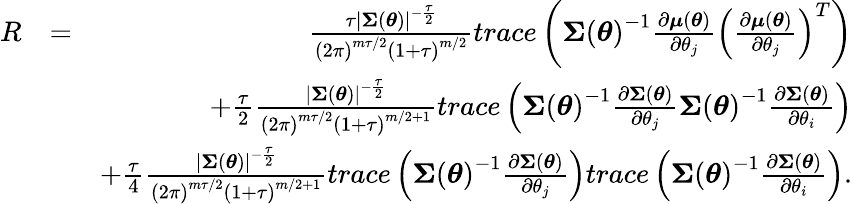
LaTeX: \begin{array}{rlr}{R}&{=}&{\frac{\tau\left\vert\boldsymbol{\Sigma}\left(\boldsymbol{\theta}\right)\right\vert^{-\frac{\tau}{2}}}{\left(2\pi\right)^{m\tau/2}\left(1+\tau\right)^{m/2}}trace\left(\boldsymbol{\Sigma}\left(\boldsymbol{\theta}\right)^{-1}\frac{\partial\boldsymbol{\mu}\left(\boldsymbol{\theta}\right)}{\partial\theta_{j}}\left(\frac{\partial\boldsymbol{\mu}\left(\boldsymbol{\theta}\right)}{\partial\theta_{j}}\right)^{T}\right)}\\ &{}&{+\frac{\tau}{2}\frac{\left\vert\boldsymbol{\Sigma}\left(\boldsymbol{\theta}\right)\right\vert^{-\frac{\tau}{2}}}{\left(2\pi\right)^{m\tau/2}\left(1+\tau\right)^{m/2+1}}trace\left(\boldsymbol{\Sigma}\left(\boldsymbol{\theta}\right)^{-1}\frac{\partial\boldsymbol{\Sigma}\left(\boldsymbol{\theta}\right)}{\partial\theta_{j}}\boldsymbol{\Sigma}\left(\boldsymbol{\theta}\right)^{-1}\frac{\partial\boldsymbol{\Sigma}\left(\boldsymbol{\theta}\right)}{\partial\theta_{i}}\right)}\\ &{}&{+\frac{\tau}{4}\frac{\left\vert\boldsymbol{\Sigma}\left(\boldsymbol{\theta}\right)\right\vert^{-\frac{\tau}{2}}}{\left(2\pi\right)^{m\tau/2}\left(1+\tau\right)^{m/2+1}}trace\left(\boldsymbol{\Sigma}\left(\boldsymbol{\theta}\right)^{-1}\frac{\partial\boldsymbol{\Sigma}\left(\boldsymbol{\theta}\right)}{\partial\theta_{j}}\right)trace\left(\boldsymbol{\Sigma}\left(\boldsymbol{\theta}\right)^{-1}\frac{\partial\boldsymbol{\Sigma}\left(\boldsymbol{\theta}\right)}{\partial\theta_{i}}\right).}\end{array}